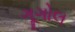
ગૂગોલ